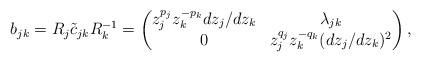
LaTeX: \begin{align*}b_{jk} = R_j\tilde c_{jk} R_k^{-1} = \begin{pmatrix} z_j^{p_j}z_k^{-p_k}dz_j/dz_k & \lambda_{jk}\\ 0 & z_j^{q_j}z_k^{-q_k} (dz_j/dz_k)^2 \end{pmatrix},\end{align*}